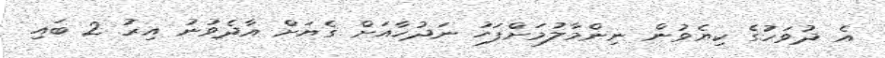
އެ ދުވަހަުގެ ކިޔެވުން ނިންމާލުމަށްފަހު ނަދުހާއަށް ގެޔަށް އާދެވުނު އިރު 2 ބައި